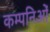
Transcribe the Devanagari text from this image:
कम्पनिओं